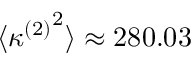
\langle { \kappa ^ { ( 2 ) } } ^ { 2 } \rangle \approx 2 8 0 . 0 3